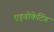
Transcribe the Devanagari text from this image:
एड्वोकेटिंग